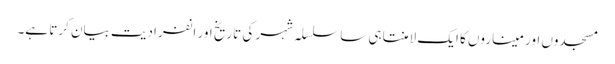
مسجدوں اور میناروں کا ایک لامنتاہی ساسلسلہ شہر کی تاریخ اور انفرادیت بیان کرتا ہے۔